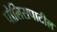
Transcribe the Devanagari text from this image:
पोलिसपाटील